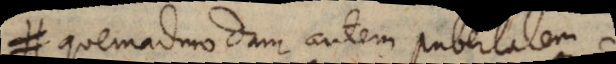
quemadmodum autem pubertatem